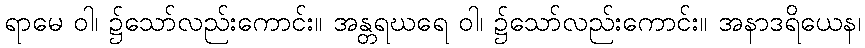
ရာမေ ဝါ၊ ၌သော်လည်းကောင်း။ အန္တရဃရေ ဝါ၊ ၌သော်လည်းကောင်း။ အနာဒရိယေန၊